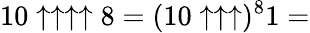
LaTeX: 10\uparrow\uparrow\uparrow\uparrow 8=(10\uparrow\uparrow\uparrow)^{8}1=